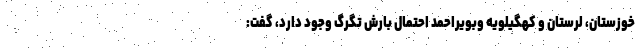
خوزستان، لرستان و کهگیلویه وبویراحمد احتمال بارش تگرگ وجود دارد، گفت: